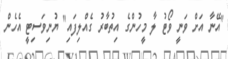
"އޭނާ އަށް ވަނީ ވޯޓު ލާ މީހުންގެ އިތުބާރު ގެއްލިފައި" ޔުނިވަސިޓީ އެހެން